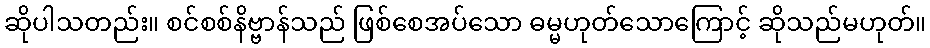
ဆိုပါသတည်း။ စင်စစ်နိဗ္ဗာန်သည် ဖြစ်စေအပ်သော ဓမ္မဟုတ်သောကြောင့် ဆိုသည်မဟုတ်။